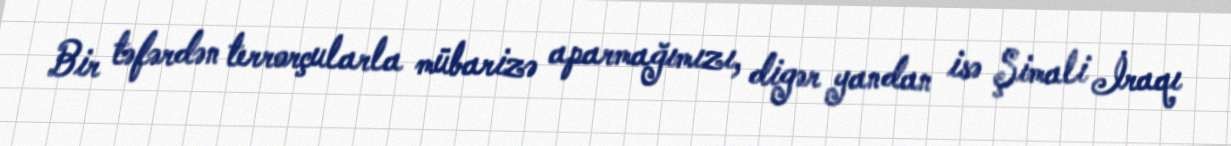
Bir təfərdən terrorçularla mübarizə aparmağımızı, digər yandan isə Şimali İraqı